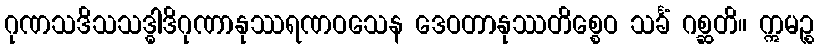
ဂုဏသဒိသသဒ္ဓါဒိဂုဏာနုဿရဏဝသေန ဒေဝတာနုဿတိစ္စေဝ သင်္ခံ ဂစ္ဆတိ။ ဣမဉ္စ